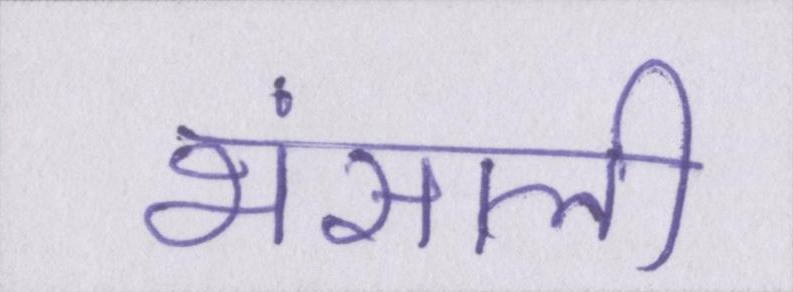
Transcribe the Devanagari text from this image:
भंसाली